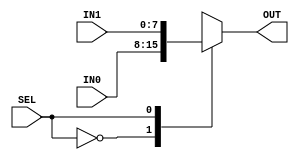
module Mux_8bitX2(IN0 ,IN1,SEL ,OUT );


input [7:0] IN0 ,IN1;
input SEL;

output [7:0] OUT ;
reg  [7:0] OUT ;


always @(SEL or IN0  or IN1)
begin
case (SEL )
0 : OUT  = IN0 ;
1 : OUT  = IN1 ;
default : OUT  = {8{1'bz}};
endcase
end

endmodule